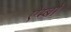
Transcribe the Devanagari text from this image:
ऐम्बो